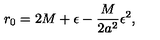
r _ { 0 } = 2 M + \epsilon - \frac { M } { 2 a ^ { 2 } } \epsilon ^ { 2 } ,